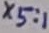
Text: X5:1